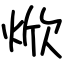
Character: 焮